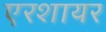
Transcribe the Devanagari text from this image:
एरशायर